Civil Veterinary Dept. Bombay admin report 1923-31 - 1923-1931
Year: 1923
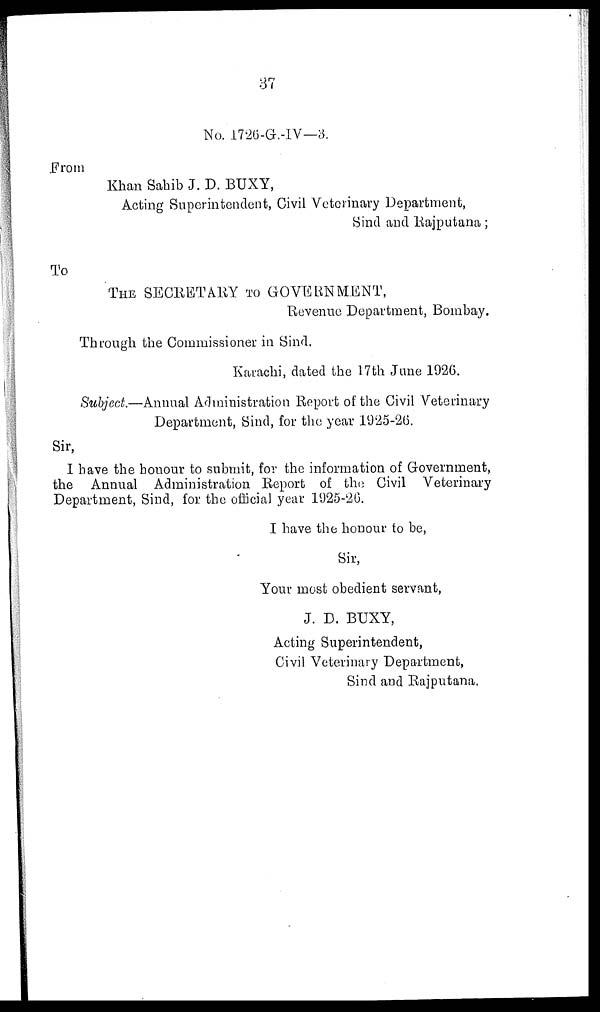
87
No. 1726-G.-IV—3.
From
Khan Sahib J. D. BUXY,
Acting Superintendent, Civil Veterinary Department,
Sind and Rajputana;
To
THE SECRETARY TO GOVERNMENT,
Revenue Department, Bombay.
Through the Commissioner in Sind.
Karachi, dated the 17th Jane 1926.
Subject.—Annual Administration Report of the Civil Veterinary
Department, Sind, for the year 1925-26.
Sir,
I have the honour to submit, for the information of Government,
the Annual Administration Report of the Civil Veterinary
Department, Sind, for the official year 1925-26.
I have the honour to be,
Sir,
Your most obedient servant,
J. D. BUXY,
Acting Superintendent,
Civil Veterinary Department,
Sind and Rajputana.